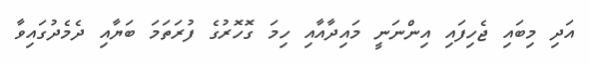
އަދި މިބައި ޖެހިފައި އިންނަނީ މައިދާއާއި ހިމަ ގޮހޮރުގެ ފުރަތަމަ ބަޔާއި ދެމެދުގައިވާ